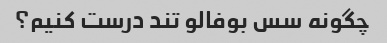
چگونه سس بوفالو تند درست کنیم؟